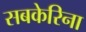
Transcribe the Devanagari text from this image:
सबकेरिना